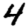
Digit: 4